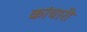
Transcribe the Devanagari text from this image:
कांचारी